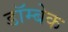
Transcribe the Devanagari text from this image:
डॉम्बेक